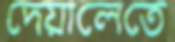
দেয়ালেতে